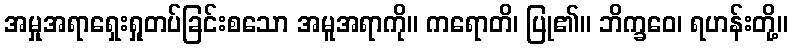
အမှုအရာရှေးရှုတပ်ခြင်းစသော အမူအရာကို။ ကရောတိ၊ ပြု၏။ ဘိက္ခဝေ၊ ရဟန်းတို့။